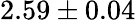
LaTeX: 2.59\pm 0.04